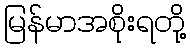
မြန်မာအစိုးရတို့